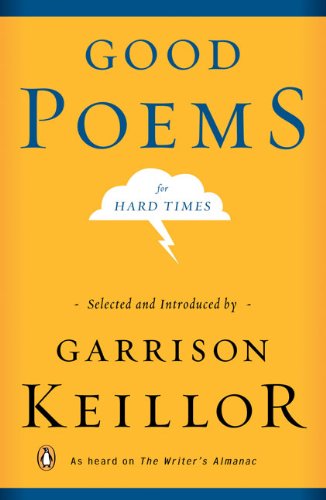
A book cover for Good Poems for Hard Times; Literature & Fiction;